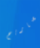
تصاريح